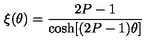
\xi ( \theta ) = \frac { 2 P - 1 } { \cosh [ ( 2 P - 1 ) \theta ] }